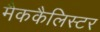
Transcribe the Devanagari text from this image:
मैककैलिस्टर